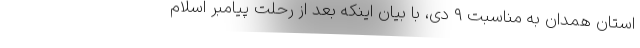
استان همدان به مناسبت ۹ دی، با بیان اینکه بعد از رحلت پیامبر اسلام